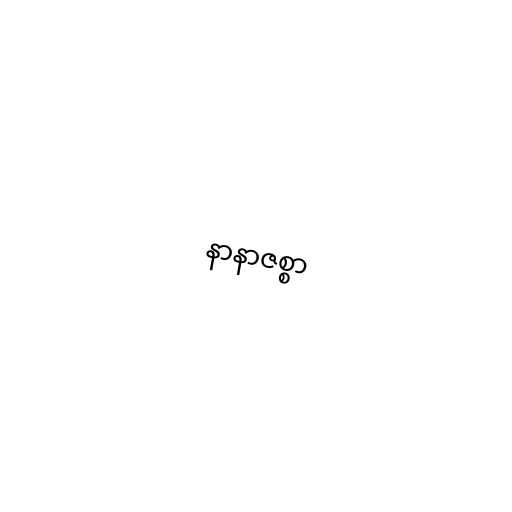
နာနာဇစ္စာ